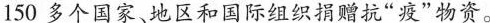
150多个国家、地区和国际组织捐赠抗”疫”物资。